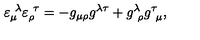
\varepsilon _ { \mu } ^ { \ \lambda } \varepsilon _ { \rho } ^ { \ \tau } = - g _ { \mu \rho } g ^ { \lambda \tau } + g _ { \ \rho } ^ { \lambda } g _ { \ \mu } ^ { \tau } ,